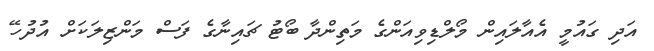
އަދި ގައުމީ އެއާލައިން މޯލްޑިވިއަންގެ މަތިންދާ ބޯޓު ޗައިނާގެ ފަސް މަންޒިލަކަށް އުދުހޭ